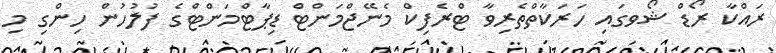
ރައްކާ ރޯޑް ޝޯވގައި ހަރަކާތްތެރިވާ ޓްރެފިކް މެނޭޖްމަންޓް ޑިޕާޓްމަންޓްގެ ފުލުހުން ހިންގި މި